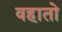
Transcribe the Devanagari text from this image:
वहातो